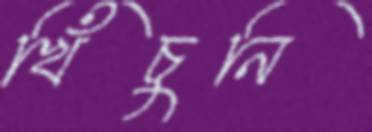
খিঁচুনি